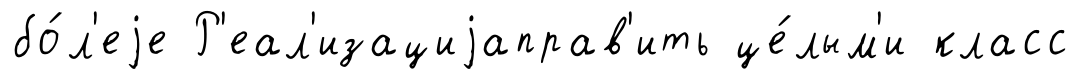
бо́л'еjе Р'еал'изациjаправ'ить це́лым'и класс